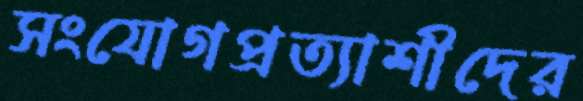
সংযোগপ্রত্যাশীদের